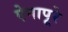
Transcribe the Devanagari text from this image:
ऐनापूरे